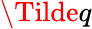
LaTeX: \Tilde{q}